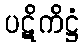
ပဋိကိဋ္ဌံ